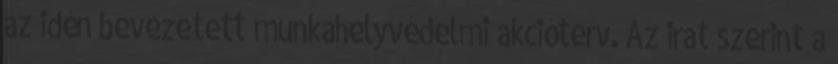
az idén bevezetett munkahelyvédelmi akcióterv. Az irat szerint a